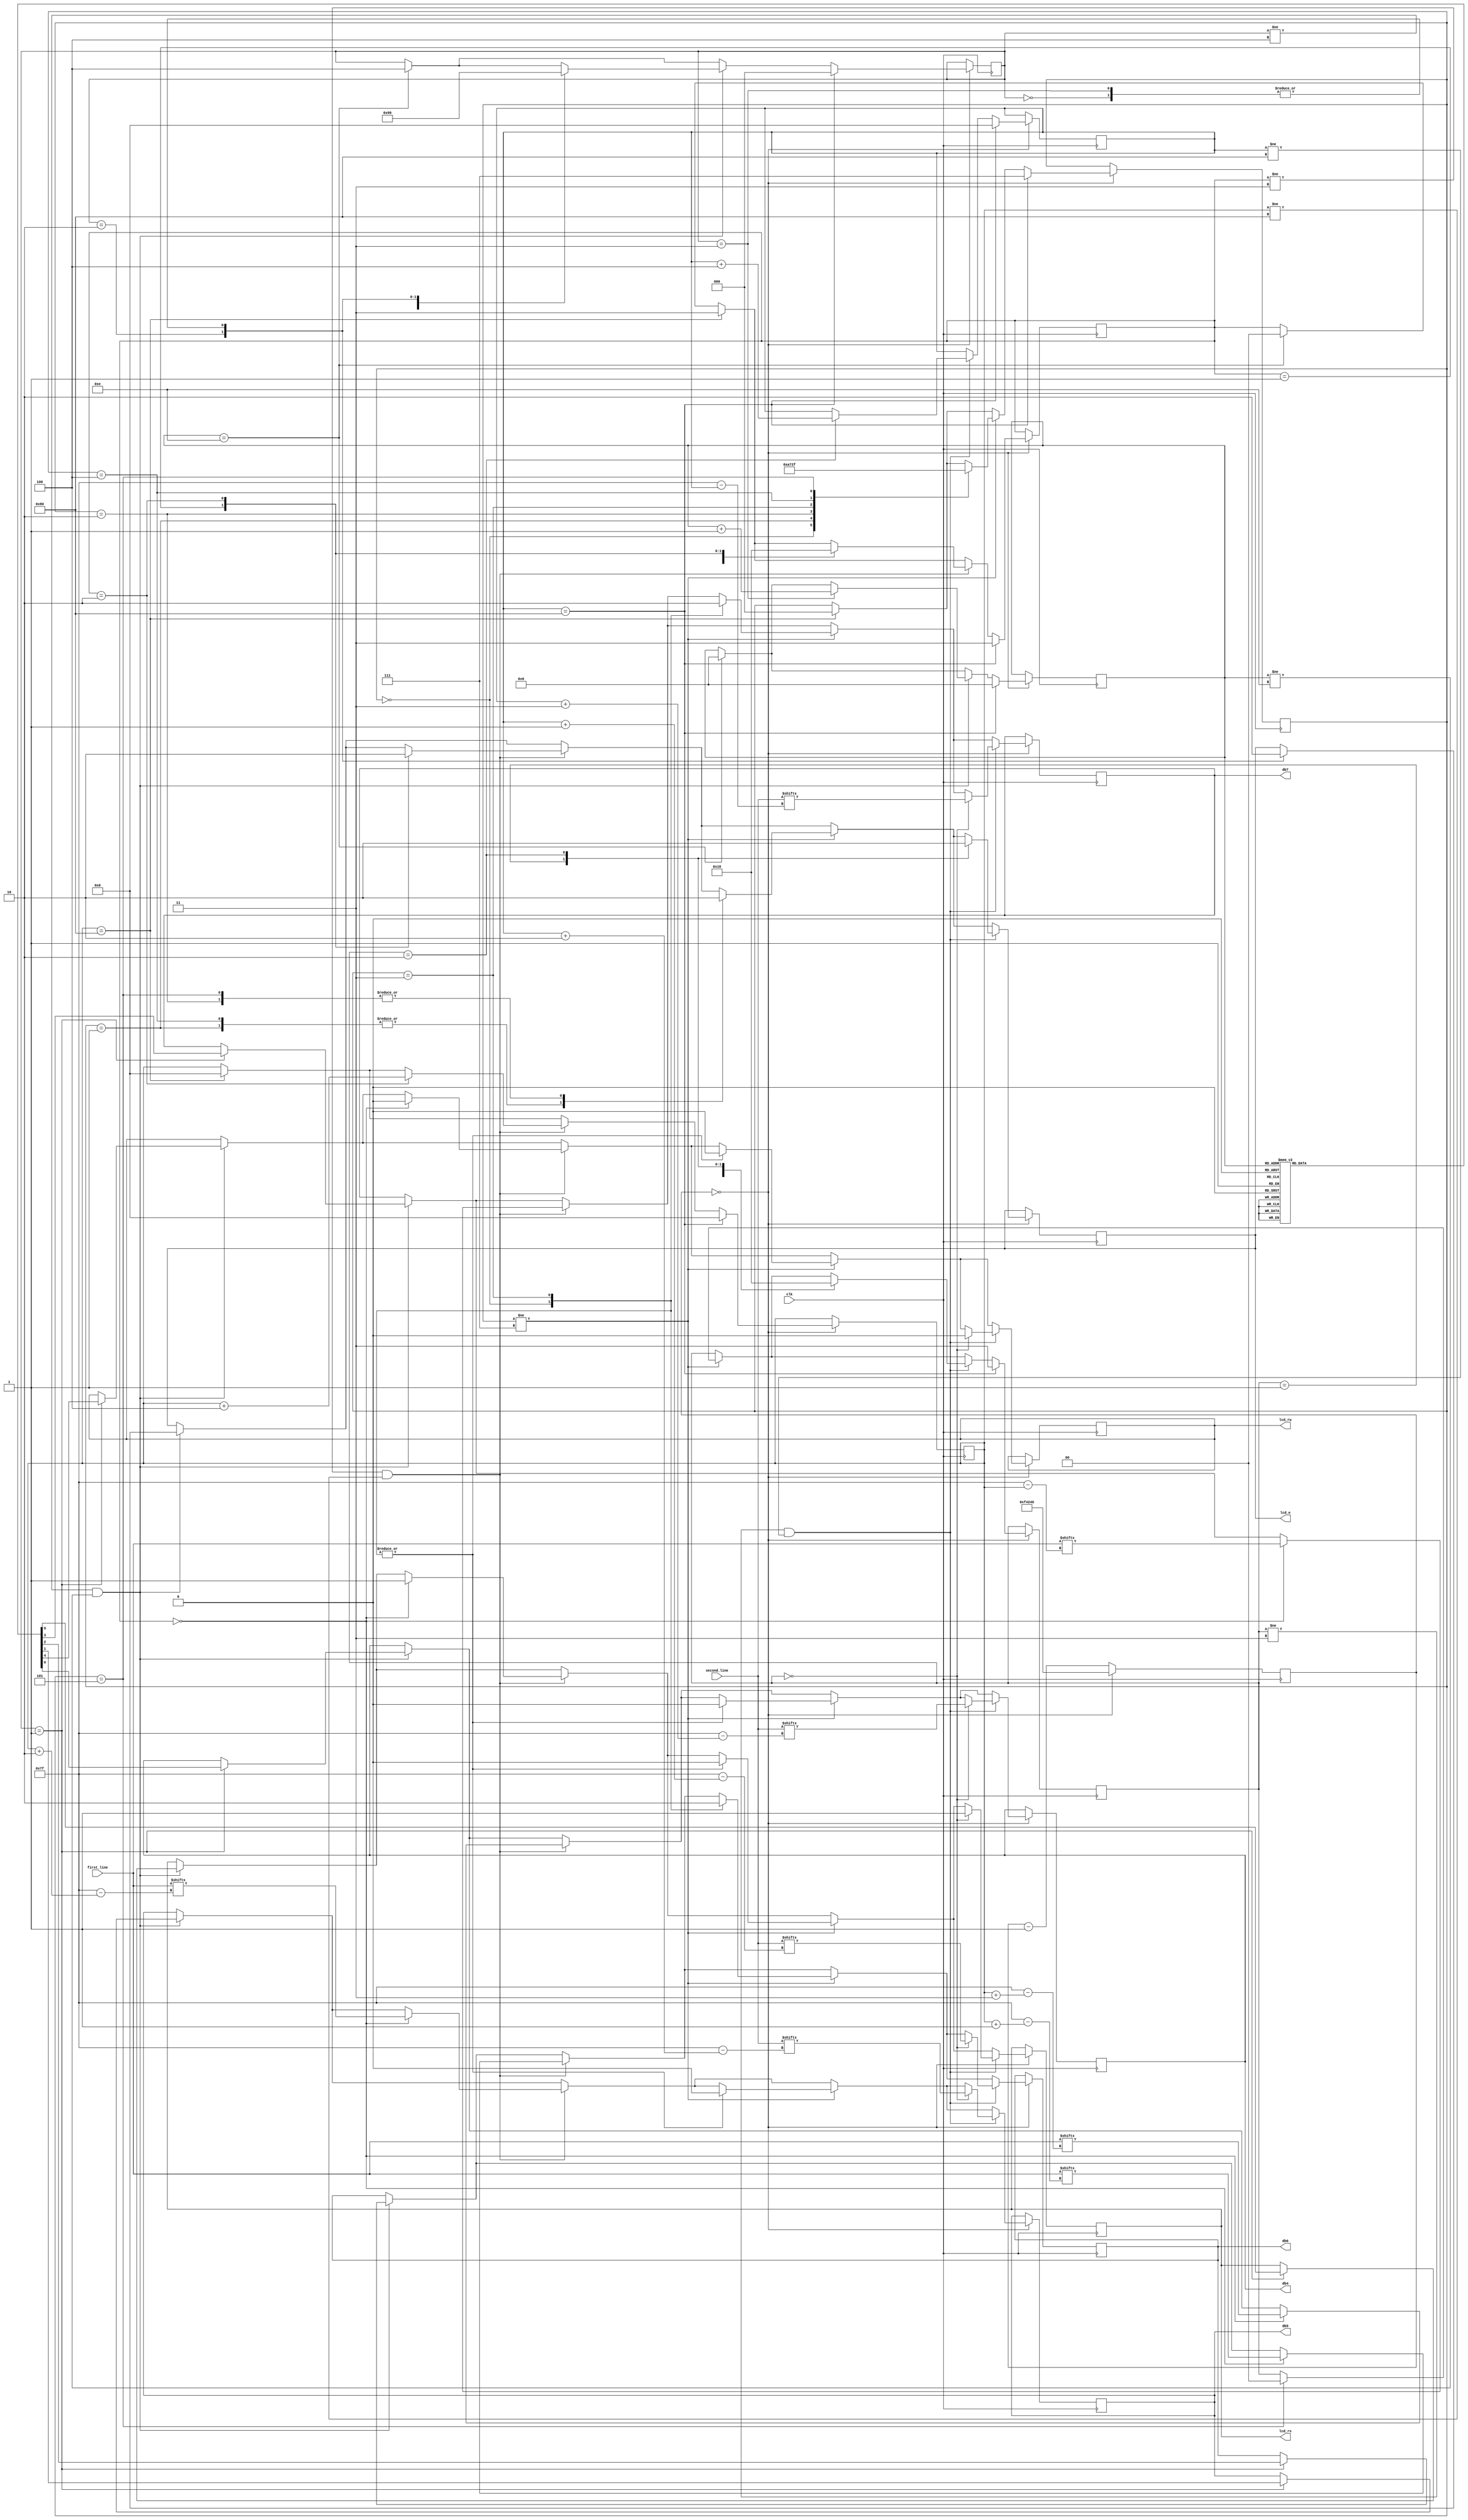
`timescale 1ns / 1ps
module lcd_welcome(
    first_line,
    second_line,
    clk,
    lcd_rs,
    lcd_rw,
    lcd_e,
    db4,
    db5,
    db6,
    db7
    );

     input [0:127] first_line;
     input [0:127] second_line;
     input clk;
     output lcd_rs, lcd_rw, lcd_e, db4, db5, db6, db7;
     reg lcd_rs, lcd_rw, lcd_e, db4, db5, db6, db7;

     reg [7:0] line1_index = 0;
     reg [1:0] line1_state = 3;

     reg [7:0] line2_index = 0;
     reg [1:0] line2_state = 3;

     reg [19:0] counter = 1_000_000;
     reg [2:0] next_state = 0;

     reg [2:0] line_break_state = 7;

     reg [5:0] init_ROM [0:13];
     reg [3:0] init_ROM_index = 0;

     // Initialization code
     initial begin
        init_ROM[0] = 6'h03;
        init_ROM[1] = 6'h03;
        init_ROM[2] = 6'h03;
        init_ROM[3] = 6'h02;
        init_ROM[4] = 6'h02;
        init_ROM[5] = 6'h08;
        init_ROM[6] = 6'h00;
        init_ROM[7] = 6'h06;
        init_ROM[8] = 6'h00;
        init_ROM[9] = 6'h0c;
        init_ROM[10] = 6'h00;
        init_ROM[11] = 6'h01;
        init_ROM[12] = 6'h08;
        init_ROM[13] = 6'h00;
     end

    always @ (posedge clk) begin
       if (counter == 0) begin
           counter <= 1_000_000;

            // Initialization state machine
            if (init_ROM_index == 14) begin
                next_state <= 4;
                init_ROM_index <= 0;
                line1_state <= 0;
            end

            if ((next_state != 4) && (init_ROM_index != 14)) begin
              case (next_state)
					 0: begin
                        lcd_e <= 0;
                        next_state <= 1;
						 end

					 1: begin
                        {lcd_rs, lcd_rw, db7, db6, db5, db4} <= init_ROM[init_ROM_index];
                        next_state <= 2;
                   end

                2: begin
								lcd_e <= 1;
                        next_state <= 3;
                    end

                3: begin
								lcd_e <= 0;
                        next_state <= 1;
                        init_ROM_index <= init_ROM_index + 1;
                    end
                endcase
             end

            // First line state machine
            if (line1_index == 128) begin
                line1_state <= 3;
                line1_index <= 0;
                line_break_state <= 0;
            end
            if ((line1_state != 3) && (line1_index != 128)) begin
                case (line1_state)
                    0: begin
                            {lcd_rs, lcd_rw, db7, db6, db5, db4} <=
{2'h2,first_line[line1_index],first_line[line1_index+1],first_line[line1_index+2],first_line[line1_index+3]};
                            line1_state <= 1;
                        end

                    1: begin
                            lcd_e <= 1;
                            line1_state <= 2;
                        end

                    2: begin
                            lcd_e <= 0;
                            line1_state <= 0;
                            line1_index <= line1_index+4;
                        end
                endcase
            end

            // Line break state machine
            if (line_break_state != 7) begin
                case (line_break_state)
                    0: begin
                            {lcd_rs, lcd_rw, db7, db6, db5, db4} <= 6'h0c;
                            line_break_state <= 1;
                        end

                    1: begin
                            lcd_e <= 1;
                            line_break_state <= 2;
                        end

                    2: begin
                            lcd_e <= 0;
                            line_break_state <= 3;
                        end

                    3: begin
                            {lcd_rs, lcd_rw, db7, db6, db5, db4} <= 6'h00;
                            line_break_state <= 4;
                        end

                    4: begin
                            lcd_e <= 1;
                            line_break_state <= 5;
                        end

                    5: begin
                            lcd_e <= 0;
                            line_break_state <= 7;
                            line2_state <= 0;
                        end
                endcase
            end

            // Second line state machine
            if (line2_index == 128) begin
                line2_state <= 3;
                line2_index <= 0;
            end
            if ((line2_state != 3) && (line2_index != 128)) begin
                case (line2_state)
                    0: begin
                            {lcd_rs, lcd_rw, db7, db6, db5, db4} <=
{2'h2,second_line[line2_index],second_line[line2_index+1],second_line[line2_index+2],second_line[line2_index+3]};
                            line2_state <= 1;
                        end

                    1: begin
                            lcd_e <= 1;
                            line2_state <= 2;
                        end

                    2: begin
                            lcd_e <= 0;
                            line2_state <= 0;
                            line2_index <= line2_index+4;
                        end
                endcase
            end
            if(line2_index == 128)
            begin
                line1_index <= 0;
                line1_state <= 3;

                line2_index <= 0;
                line2_state <= 3;

                next_state <= 0;

                line_break_state <= 7;

                init_ROM_index <= 0;
            end
        end
        else
        begin
           counter <= counter - 1;
        end
    end
endmodule